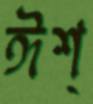
ঈশ্